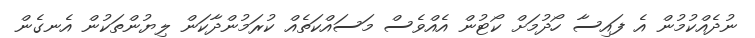
ނުދެއްކުމުން އެ ފައިސާ ހޯދުމަށް ކޯޓުން އެއްވެސް މަސައްކަތެއް ކުރަމުންދާކަން ލިޔުންތަކުން އެނގެން